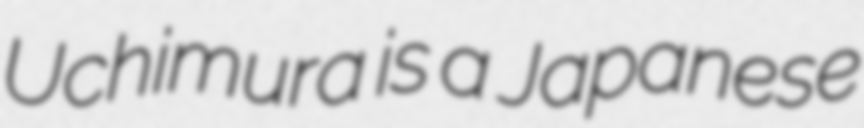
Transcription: Uchimura is a Japanese